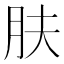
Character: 肤